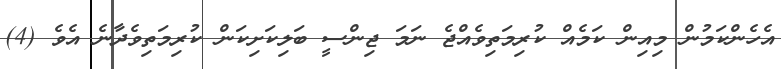
އެހެންކަމުން މިއިން ކަމެއް ކުރިމަތިވެއްޖެ ނަމަ ޖިންސީ ބަލިކަށިކަން ކުރިމަތިވެދާނެ އެވެ (4)